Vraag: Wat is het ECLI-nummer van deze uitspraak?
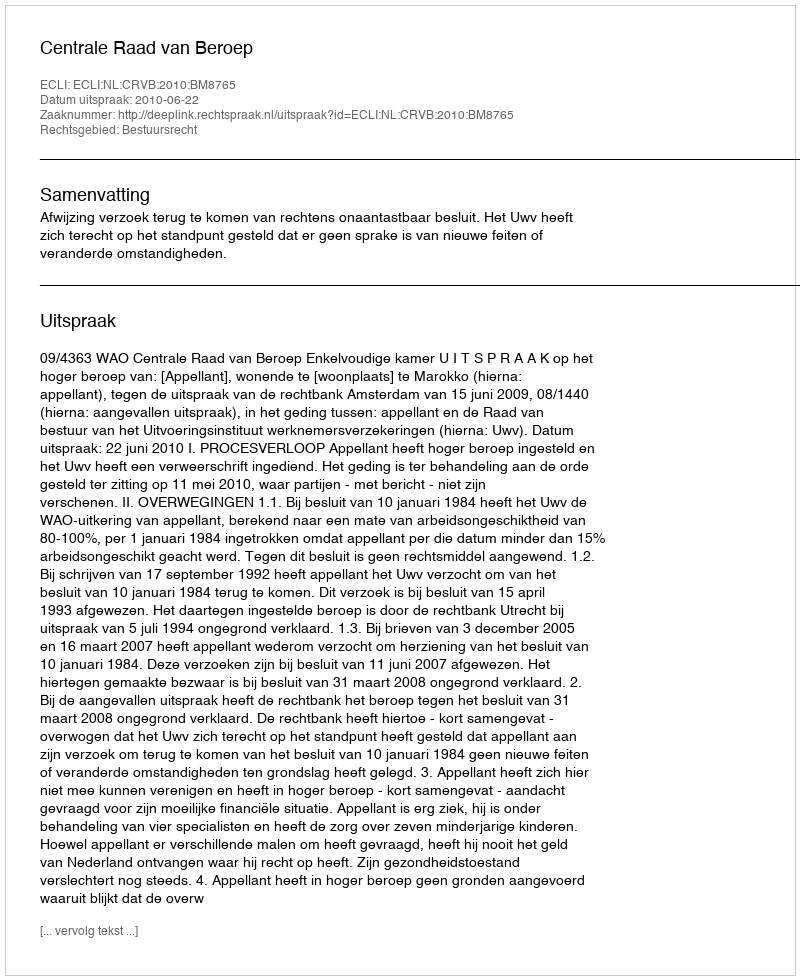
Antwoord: ECLI:NL:CRVB:2010:BM8765